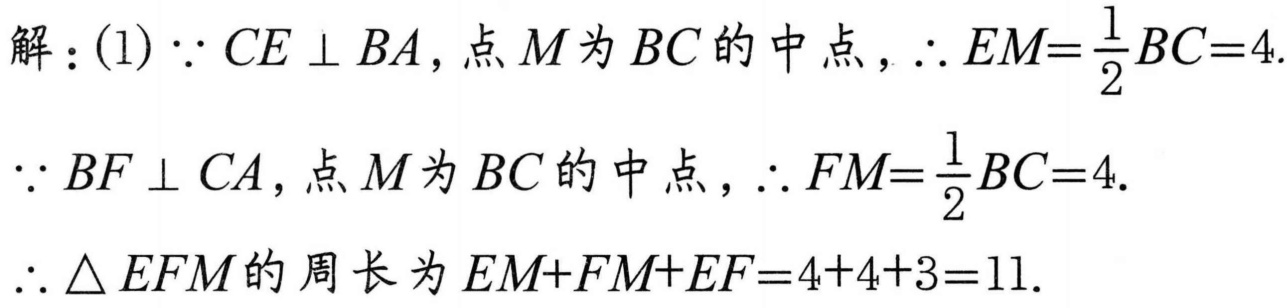
解：(1) $\because CE\perp BA$, 点 $M$ 为 $BC$ 的中点, $\therefore EM=\frac{1}{2}BC = 4$.
$\because BF\perp CA$, 点 $M$ 为 $BC$ 的中点, $\therefore FM=\frac{1}{2}BC = 4$.
$\therefore \triangle EFM$ 的周长为 $EM + FM+EF = 4 + 4+3 = 11$.